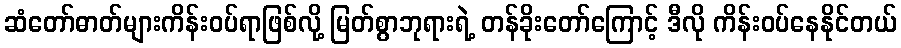
ဆံတော်ဓာတ်များကိန်းဝပ်ရာဖြစ်လို့ မြတ်စွာဘုရားရဲ့ တန်ခိုးတော်ကြောင့် ဒီလို ကိန်းဝပ်နေနိုင်တယ်